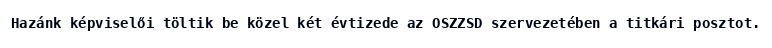
Hazánk képviselői töltik be közel két évtizede az OSZZSD szervezetében a titkári posztot.